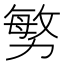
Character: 𭄼